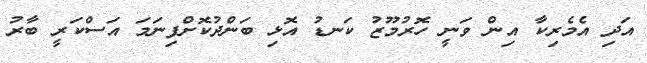
އަދި އެމެރިކާ އިން ވަނީ ހޮރުމޫޒު ކަނޑު އޮޅި ބަންދުކޮށްފިނަމަ އަސްކަރީ ބާރު